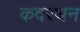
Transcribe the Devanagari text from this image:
कदरथन